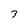
Character: 3